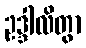
ဥဒ္ဒါလိတွာ